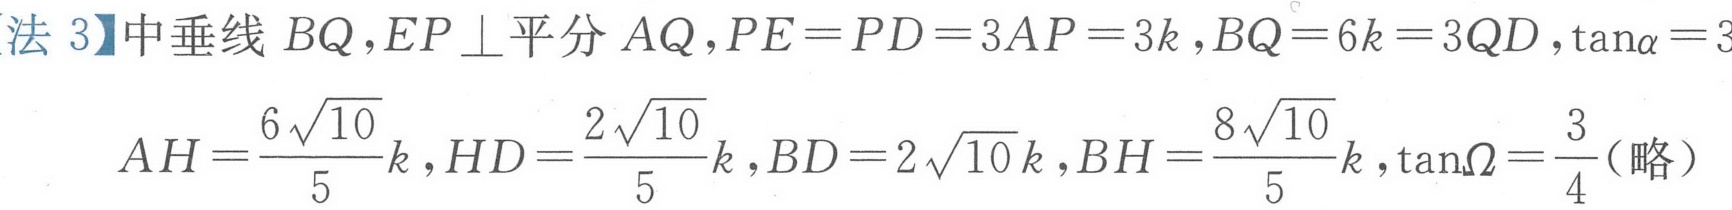
【法 3】中垂线 \(BQ,EP\perp\)平分 \(AQ,PE = PD = 3AP = 3k,BQ = 6k = 3QD,\tan\alpha = 3\)
\[
AH=\frac{6\sqrt{10}}{5}k,HD=\frac{2\sqrt{10}}{5}k,BD = 2\sqrt{10}k,BH=\frac{8\sqrt{10}}{5}k,\tan\Omega=\frac{3}{4}(略)
\]